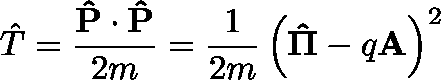
{ \hat { T } } = { \frac { \mathbf { \hat { P } } \cdot \mathbf { \hat { P } } } { 2 m } } = { \frac { 1 } { 2 m } } \left( \mathbf { \hat { \Pi } } - q \mathbf { A } \right) ^ { 2 }